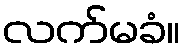
လက်မခံ။